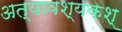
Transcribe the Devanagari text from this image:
अत्यावश्यकश्